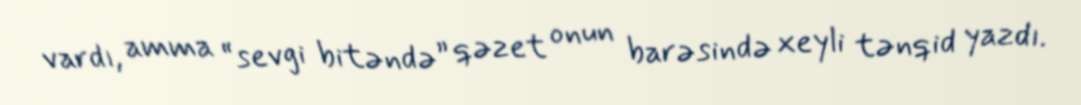
vardı, amma “sevgi bitəndə” qəzet onun barəsində xeyli tənqid yazdı.